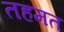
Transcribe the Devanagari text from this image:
तहमत